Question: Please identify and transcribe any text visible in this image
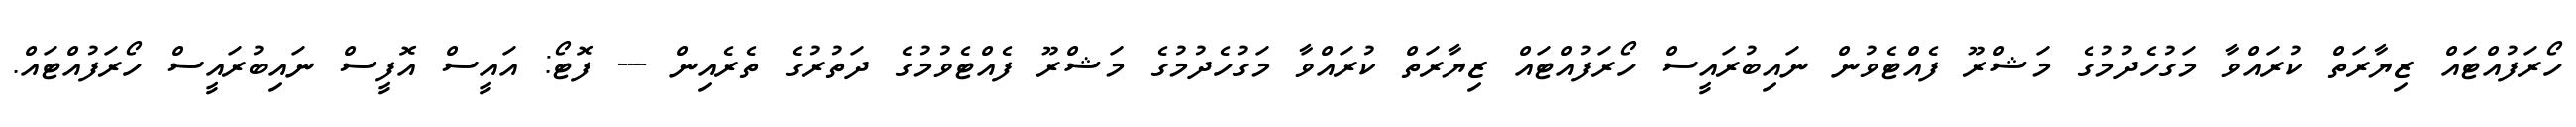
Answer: ހޯރަފުއްޓައް ޒިޔާރަތް ކުރައްވާ މަގުހެދުމުގެ މަޝްރޫ ފެއްޓެވުން ނައިބުރައީސް ހޯރަފުއްޓައް ޒިޔާރަތް ކުރައްވާ މަގުހެދުމުގެ މަޝްރޫ ފެއްޓެވުމުގެ ދަތުރުގެ ތެރެއިން --- ފޮޓޯ: އައީސް އޮފީސް ނައިބުރައީސް ހޯރަފުއްޓައް.